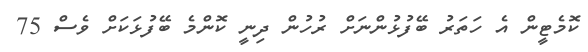
ކޮމެޓީން އެ ހަތަރު ބޭފުޅުންނަށް ރުހުން ދިނީ ކޮންމެ ބޭފުޅަކަށް ވެސް 75